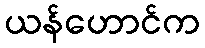
ယန်ဟောင်က